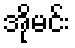
အိုမင်း